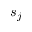
s _ { j }